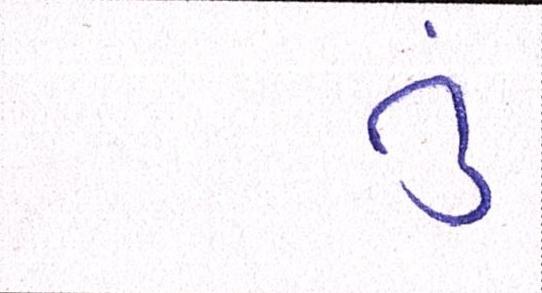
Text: તું